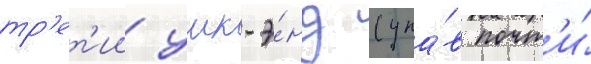
тр'ет'ии уик-э́нд (упа́в почт'и́